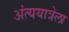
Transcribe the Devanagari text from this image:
अंत्ययात्रेला